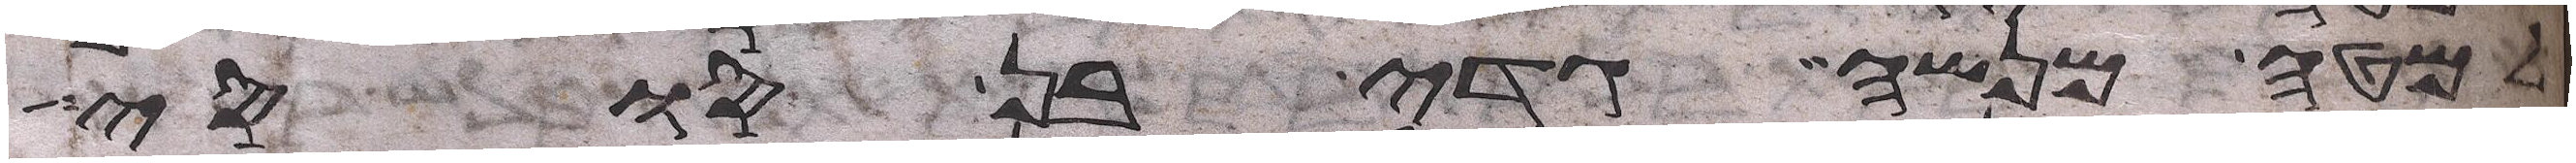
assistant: למטה מנשה גדי בן סוסי